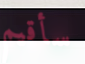
سأقيم